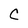
Character: C